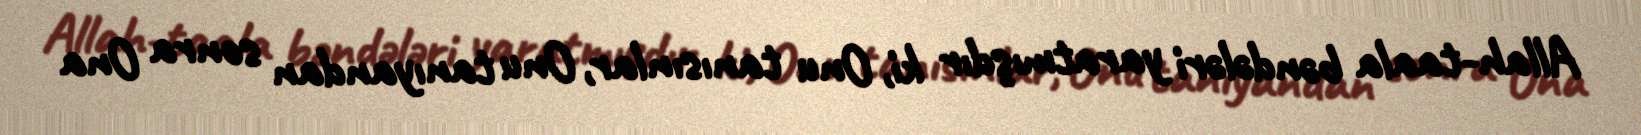
Allah-taala bəndələri yaratmışdır ki, Onu tanısınlar, Onu tanıyandan sonra Ona